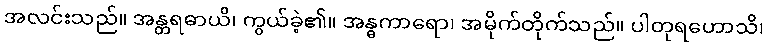
အလင်းသည်။ အန္တရဓာယိ၊ ကွယ်ခဲ့၏။ အန္ဓကာရော၊ အမိုက်တိုက်သည်။ ပါတုရဟောသိ၊